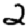
Digit: 2